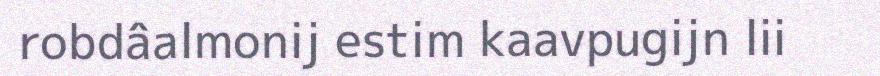
robdâalmonij estim kaavpugijn lii